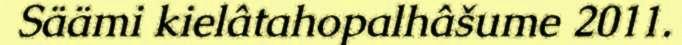
Säämi kielâtahopalhâšume 2011.